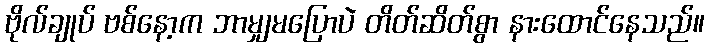
ဗိုလ်ချုပ် ဗစ်နော့က ဘာမျှမပြောပဲ တိတ်ဆိတ်စွာ နားထောင်နေသည်။